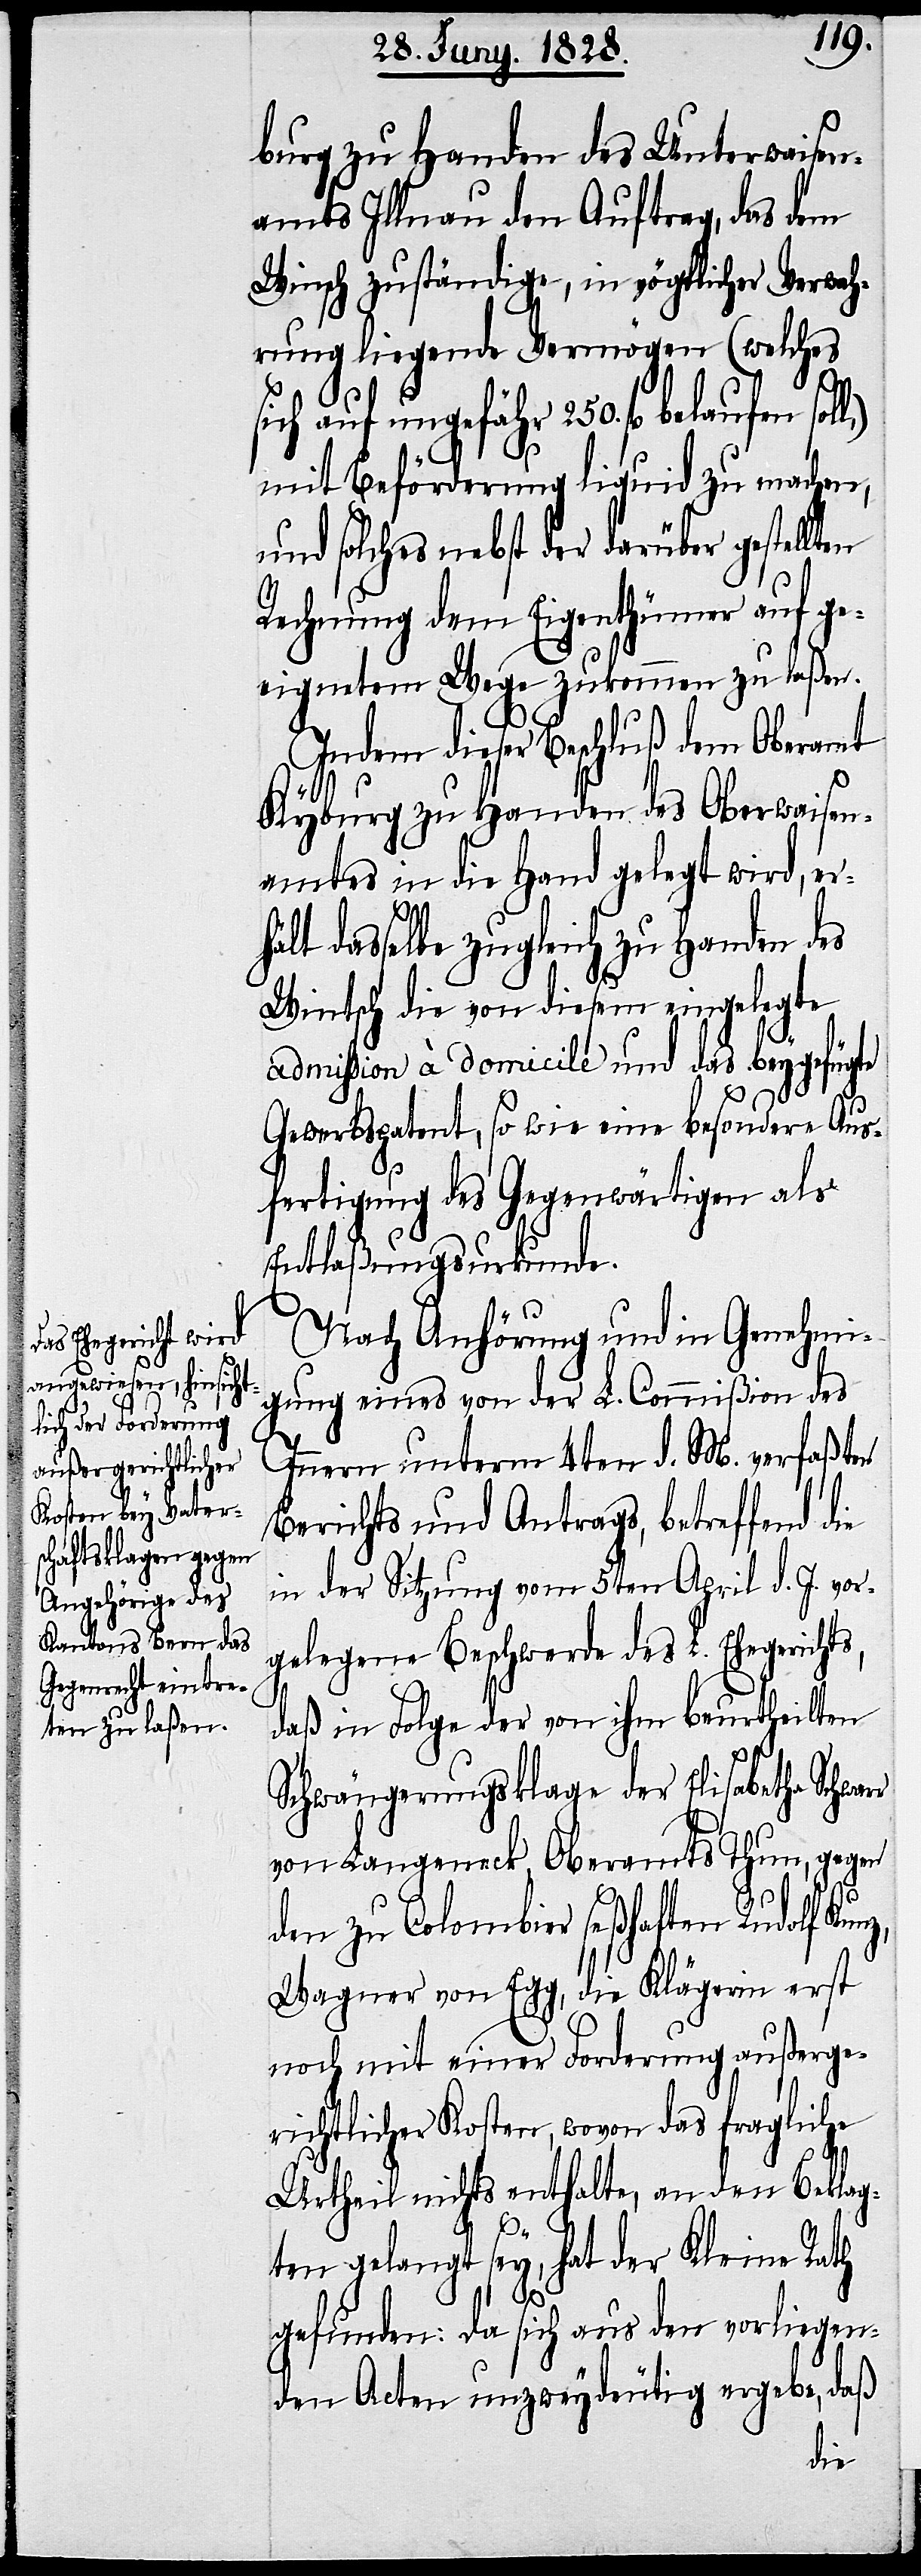
burg zu Handen des Unterwaisen¬
amts Illnau den Auftrag, das dem
Winsch zuständige, in vögtlicher Verwah¬
rung liegende Vermögen (welches
sich auf ungefähr 250. fl. belaufen
mit Beförderung liquid zu machen
und solches nebst der darüber gestellten
Rechnung dem Eigenthümer auf ge¬
eignetem Wege zukommen zu laßen.
Indem dieser Beschluß dem Oberamt
Kyburg zu Handen des Oberwaisen¬
amtes in die Hand gelegt wird, er¬
ts,
hält dasselbe zugleich zu Handen des
Wintsch die von diesem eingelegte
admission à domicile und das beygefügte
Gewerbspatent, so wie eine besondere Aus¬
fertigung des Gegenwärtigen als
Entlaßungsurkunde.
Nach Anhörung und in Genehmi¬
gung eines von der L. Commißion des
Innern unterm 4ten d. M. verfaßten
Berichtes und Antrags, betreffend die
in der Sitzung vom 5ten April d. J. vor¬
gelegene Beschwerde des L. Ehegerich¬
daß in Folge der von ihm beurtheilten
Schwängerungsklage der Elisabetha
von Langeneck, Oberamts Thun, gegen
den zu Colombier seßhaften Rudolf
Wagner von Egg, die Klägerin erst
noch mit einer Forderung außerge¬
richtlicher Kosten, wovon das fragliche
Urtheil nichts enthalte, an den Beklag¬
ten gelangt sey, hat der Kleine Rath
gefunden: da sich aus den vorliegen¬
den Acten unzweydeutig ergebe, daß